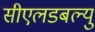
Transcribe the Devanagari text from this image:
सीएलडबल्यु